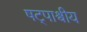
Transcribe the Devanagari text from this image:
षट्पाश्वीय